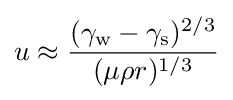
u\approx {\frac {(\gamma _{\text{w}}-\gamma _{\text{s}})^{2/3}}{(\mu \rho r)^{1/3}}}